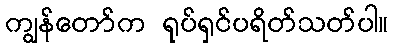
ကျွန်တော်က ရုပ်ရှင်ပရိတ်သတ်ပါ။